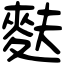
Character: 麩